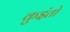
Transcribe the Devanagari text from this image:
कुइंतो